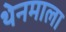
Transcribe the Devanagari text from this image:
थेनमाला